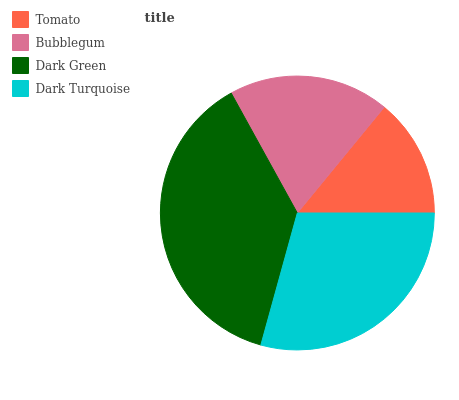
| Tomato | Bubblegum | Dark Green | Dark Turquoise |
 | --- | --- | --- | --- |
 | 14.1% | 18.9% | 37.7% | 29.3% |